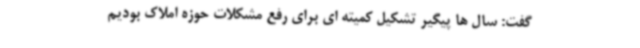
گفت: سال ها پیگیر تشکیل کمیته ای برای رفع مشکلات حوزه املاک بودیم